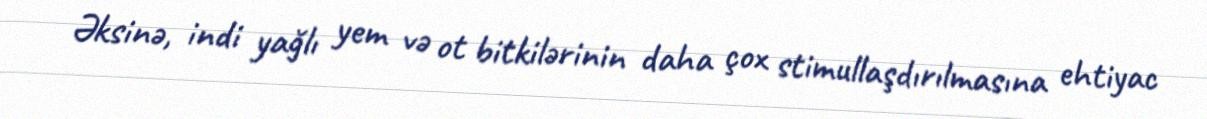
Əksinə, indi yağlı yem və ot bitkilərinin daha çox stimullaşdırılmasına ehtiyac